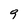
Character: 9